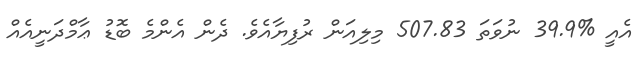
އެއީ %39.9 ނުވަތަ 507.83 މިލިއަން ރުފިޔާއެވެ. ދެން އެންމެ ބޮޑު ޢާމްދަނީއެއް